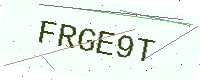
Text: FRGE9T